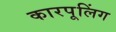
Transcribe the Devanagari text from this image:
कारपूलिंग